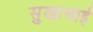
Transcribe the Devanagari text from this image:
सुखाथाई